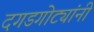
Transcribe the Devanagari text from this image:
दगडगोट्यांनी